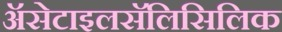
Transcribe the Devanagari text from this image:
ॲसेटाइलसॅलिसिलिक